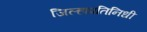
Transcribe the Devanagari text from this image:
जिल्हाप्रतिनिधी